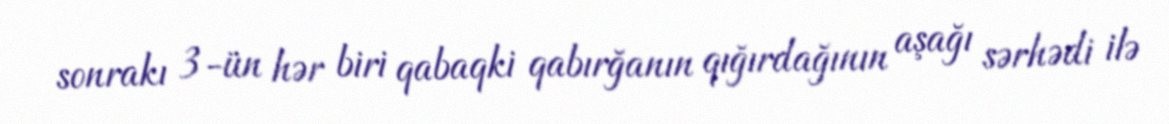
sonrakı 3-ün hər biri qabaqki qabırğanın qığırdağının aşağı sərhədi ilə